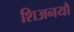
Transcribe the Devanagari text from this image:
शिअनयौ